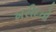
ખરીદતો